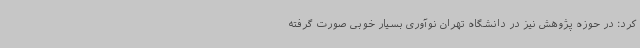
کرد: در حوزه پژوهش نیز در دانشگاه تهران نوآوری بسیار خوبی صورت گرفته